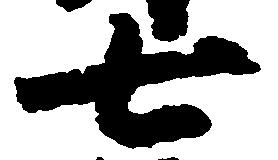
七